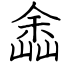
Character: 嵞